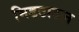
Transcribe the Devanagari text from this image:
मिडटाऊन